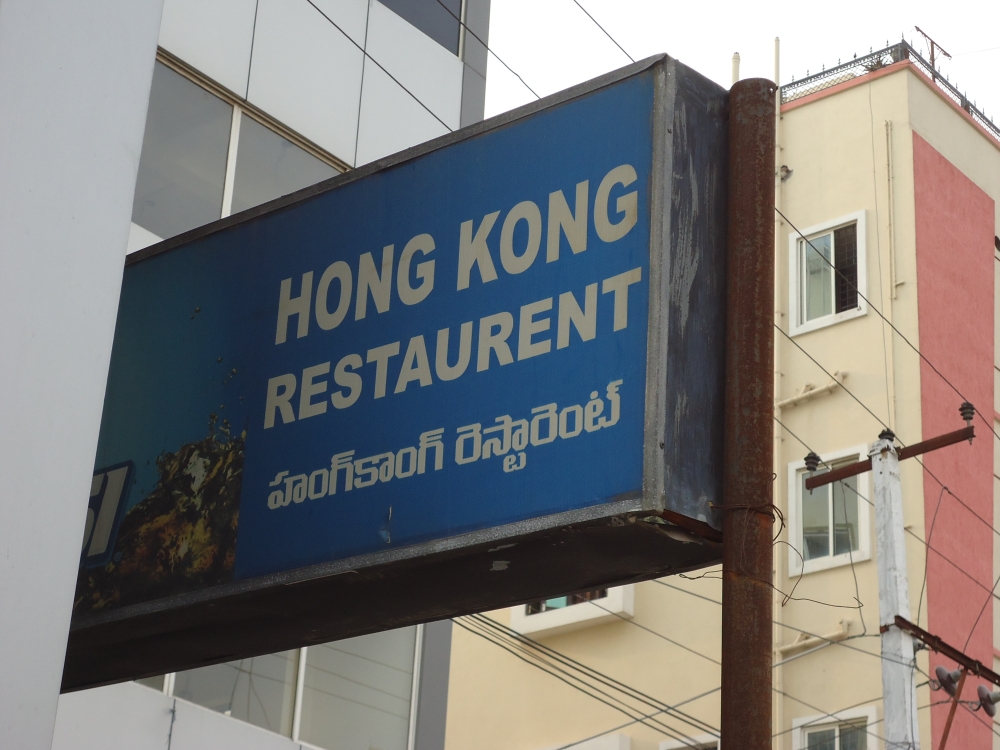
Language: telugu
Transcription: రెస్టారెంట్